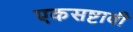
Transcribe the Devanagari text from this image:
एकसष्टावी